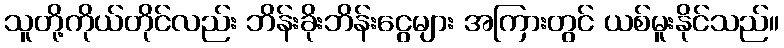
သူတို့ကိုယ်တိုင်လည်း ဘိန်းခိုးဘိန်းငွေများ အကြားတွင် ယစ်မူးနိုင်သည်။